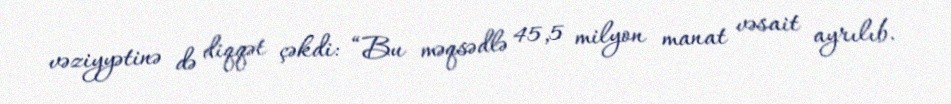
vəziyyətinə də diqqət çəkdi: “Bu məqsədlə 45,5 milyon manat vəsait ayrılıb.